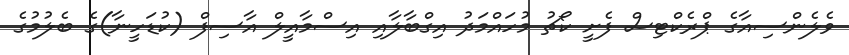
ވެލެންސިއާގެ ޕްރެކްޓިސް ފެށީ ކޯޗު މުހައްމަދު އިގްބާލާއި އިސްމާއީލް އާސިފް (ކުޑަހީނާ)ގެ ބެލުމުގެ